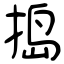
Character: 捣